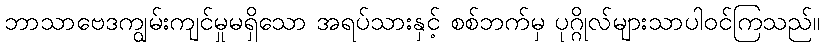
ဘာသာဗေဒကျွမ်းကျင်မှုမရှိသော အရပ်သားနှင့် စစ်ဘက်မှ ပုဂ္ဂိုလ်များသာပါဝင်ကြသည်။